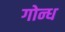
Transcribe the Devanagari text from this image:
गोन्ध